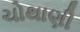
ચોથાણી